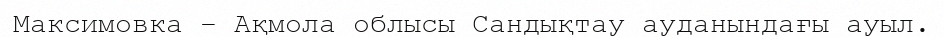
Максимовка – Ақмола облысы Сандықтау ауданындағы ауыл.